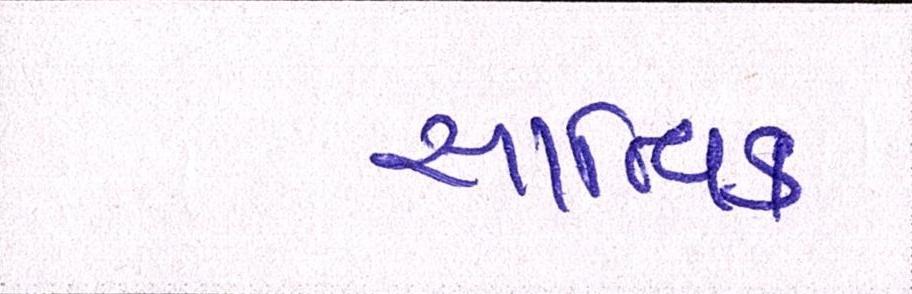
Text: સાત્ત્વિક